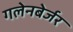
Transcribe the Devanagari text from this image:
गलेनबेर्जर